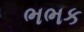
ભભક